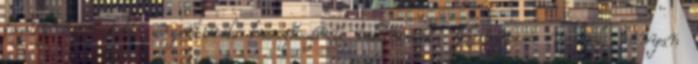
fogoly és halott argentínok hosszúszárú bakancsait. Kiváncsi vagyok hányan